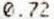
0.72